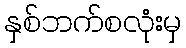
နှစ်ဘက်စလုံးမှ